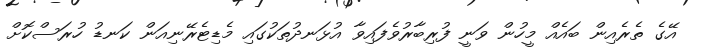
އޭގެ ތެރެއިން ބައެއް މީހުން ވަނީ ފުރިބާރުވެފައިވާ އުޅަނދުތަކުގައި މެޑިޓެރޭނިއަން ކަނޑު ހުރަސްކޮށް